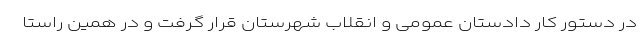
در دستور کار دادستان عمومی و انقلاب شهرستان قرار گرفت و در همین راستا